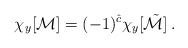
\begin{align*}\chi_y[{\cal M}]=(-1)^{\hat c}\chi_y[\tilde{\cal M}]\,.\end{align*}